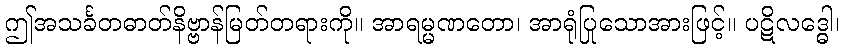
ဤအသင်္ခတဓာတ်နိဗ္ဗာန်မြတ်တရားကို။ အာရမ္မဏတော၊ အာရုံပြုသောအားဖြင့်။ ပဋိလဒ္ဓေါ၊